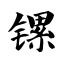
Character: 镙